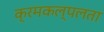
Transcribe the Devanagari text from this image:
क्रमकल्पलता